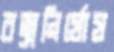
বজ্রনির্ঘোষ